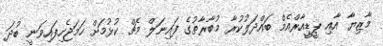
މާޒިޔާ އާއި ޕީޑީއާރްއެމް ބައްދަލުކުރާ މުބާރާތުގެ ފައިނަލް މެޗް ކުޅުމަށް ހަމަޖެހިފައިވަނީ ބުދަ